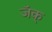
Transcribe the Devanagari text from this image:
जॅक्